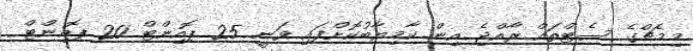
މިމެޗްގެ ސެޓްތައް ރާއްޖެ އިން ކާމިޔާބުކޮށްފައި ވަނީ 25 ޕޮއިންޓް 20 ޕޮއިންޓް